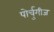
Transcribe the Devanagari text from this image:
पोर्चुगीज